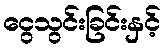
ငွေသွင်းခြင်းနှင့်